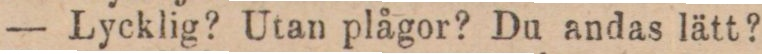
— Lycklig? Utan plågor? Du andas lätt?